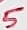
Text: 5